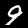
Digit: 9